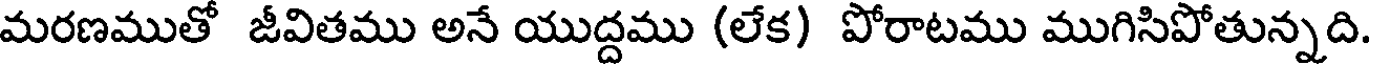
మరణముతో జీవితము అనే యుద్దము (లేక) పోరాటము ముగిసిపోతున్నది